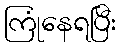
ကြုံနေရပြီး